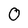
Character: 0